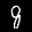
Label: 8